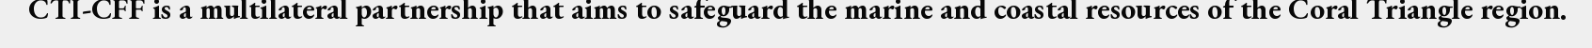
CTI-CFF is a multilateral partnership that aims to safeguard the marine and coastal resources of the Coral Triangle region.